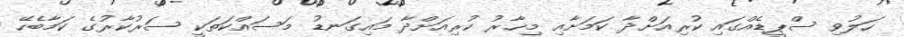
ހަލުވި ސްޕީޑެއްގައި ކުރިއަށްދާ ކަމަށާއި މިހާރު ކުރިއަށްދާ މައިގަނޑު މަސައްކަތަކީ ސަރުކާރުގެ ކަމާބެހޭ